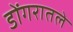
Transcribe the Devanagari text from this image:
डोंगरातले